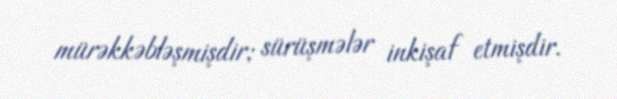
mürəkkəbləşmişdir; sürüşmələr inkişaf etmişdir.